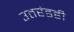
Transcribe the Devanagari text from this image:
उतरंडही